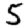
Digit: 5